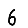
Digit: 6